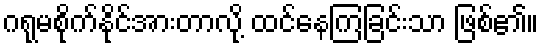
ဂရုမစိုက်နိုင်အားတာလို့ ထင်နေကြခြင်းသာ ဖြစ်၏။